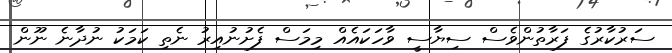
ސަރުކާރުގެ ފަރާތުންވެސް ސިޔާސީ ވާހަކައެއް މިމަސް ފެށުނުއިރު ނެތި ކަމަކު ނުދާނެ ނޫން